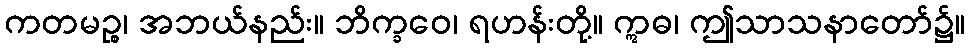
ကတမဉ္စ၊ အဘယ်နည်း။ ဘိက္ခဝေ၊ ရဟန်းတို့။ ဣဓ၊ ဤသာသနာတော်၌။